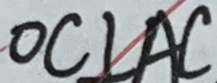
O C \bot A C